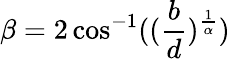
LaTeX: \beta=2\cos^{-1}((\frac{b}{d})^{\frac{1}{\alpha}})